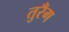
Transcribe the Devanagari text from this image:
तुरँग